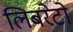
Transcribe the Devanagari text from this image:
लिबरेटो